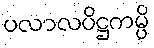
ပလာလပိဋ္ဌကမ္ပိ